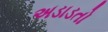
અડાડતો